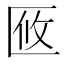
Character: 𠤼